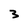
Character: 3